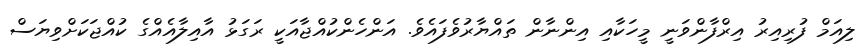
ލިއަމް ފުރިއިރު އިރްފާންވަނީ މީހަކާއި އިންނާން ތައްޔާރުވެފައެވެ. އަންހެންކުއްޖާއަކީ ރަގަޅު އާއިލާއެއްގެ ކުއްޖަކަށްވިޔަސް